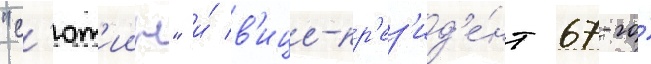
"с'ют'иин" и́ в'ице-пр'ез'ид'е́нт 67-го́